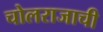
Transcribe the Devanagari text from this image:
चोलराजाची